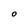
Character: O